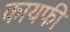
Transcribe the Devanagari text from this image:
कायफी